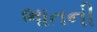
ભાતની